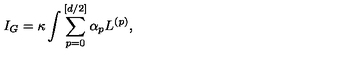
I _ { G } = \kappa \int \sum _ { p = 0 } ^ { [ d / 2 ] } \alpha _ { p } L ^ { ( p ) } ,